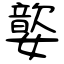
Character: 嬜